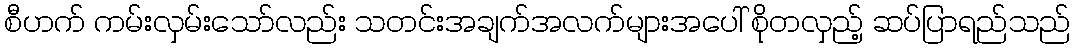
စီဟက် ကမ်းလှမ်းသော်လည်း သတင်းအချက်အလက်များအပေါ် စိုတလှည့် ဆပ်ပြာရည်သည်